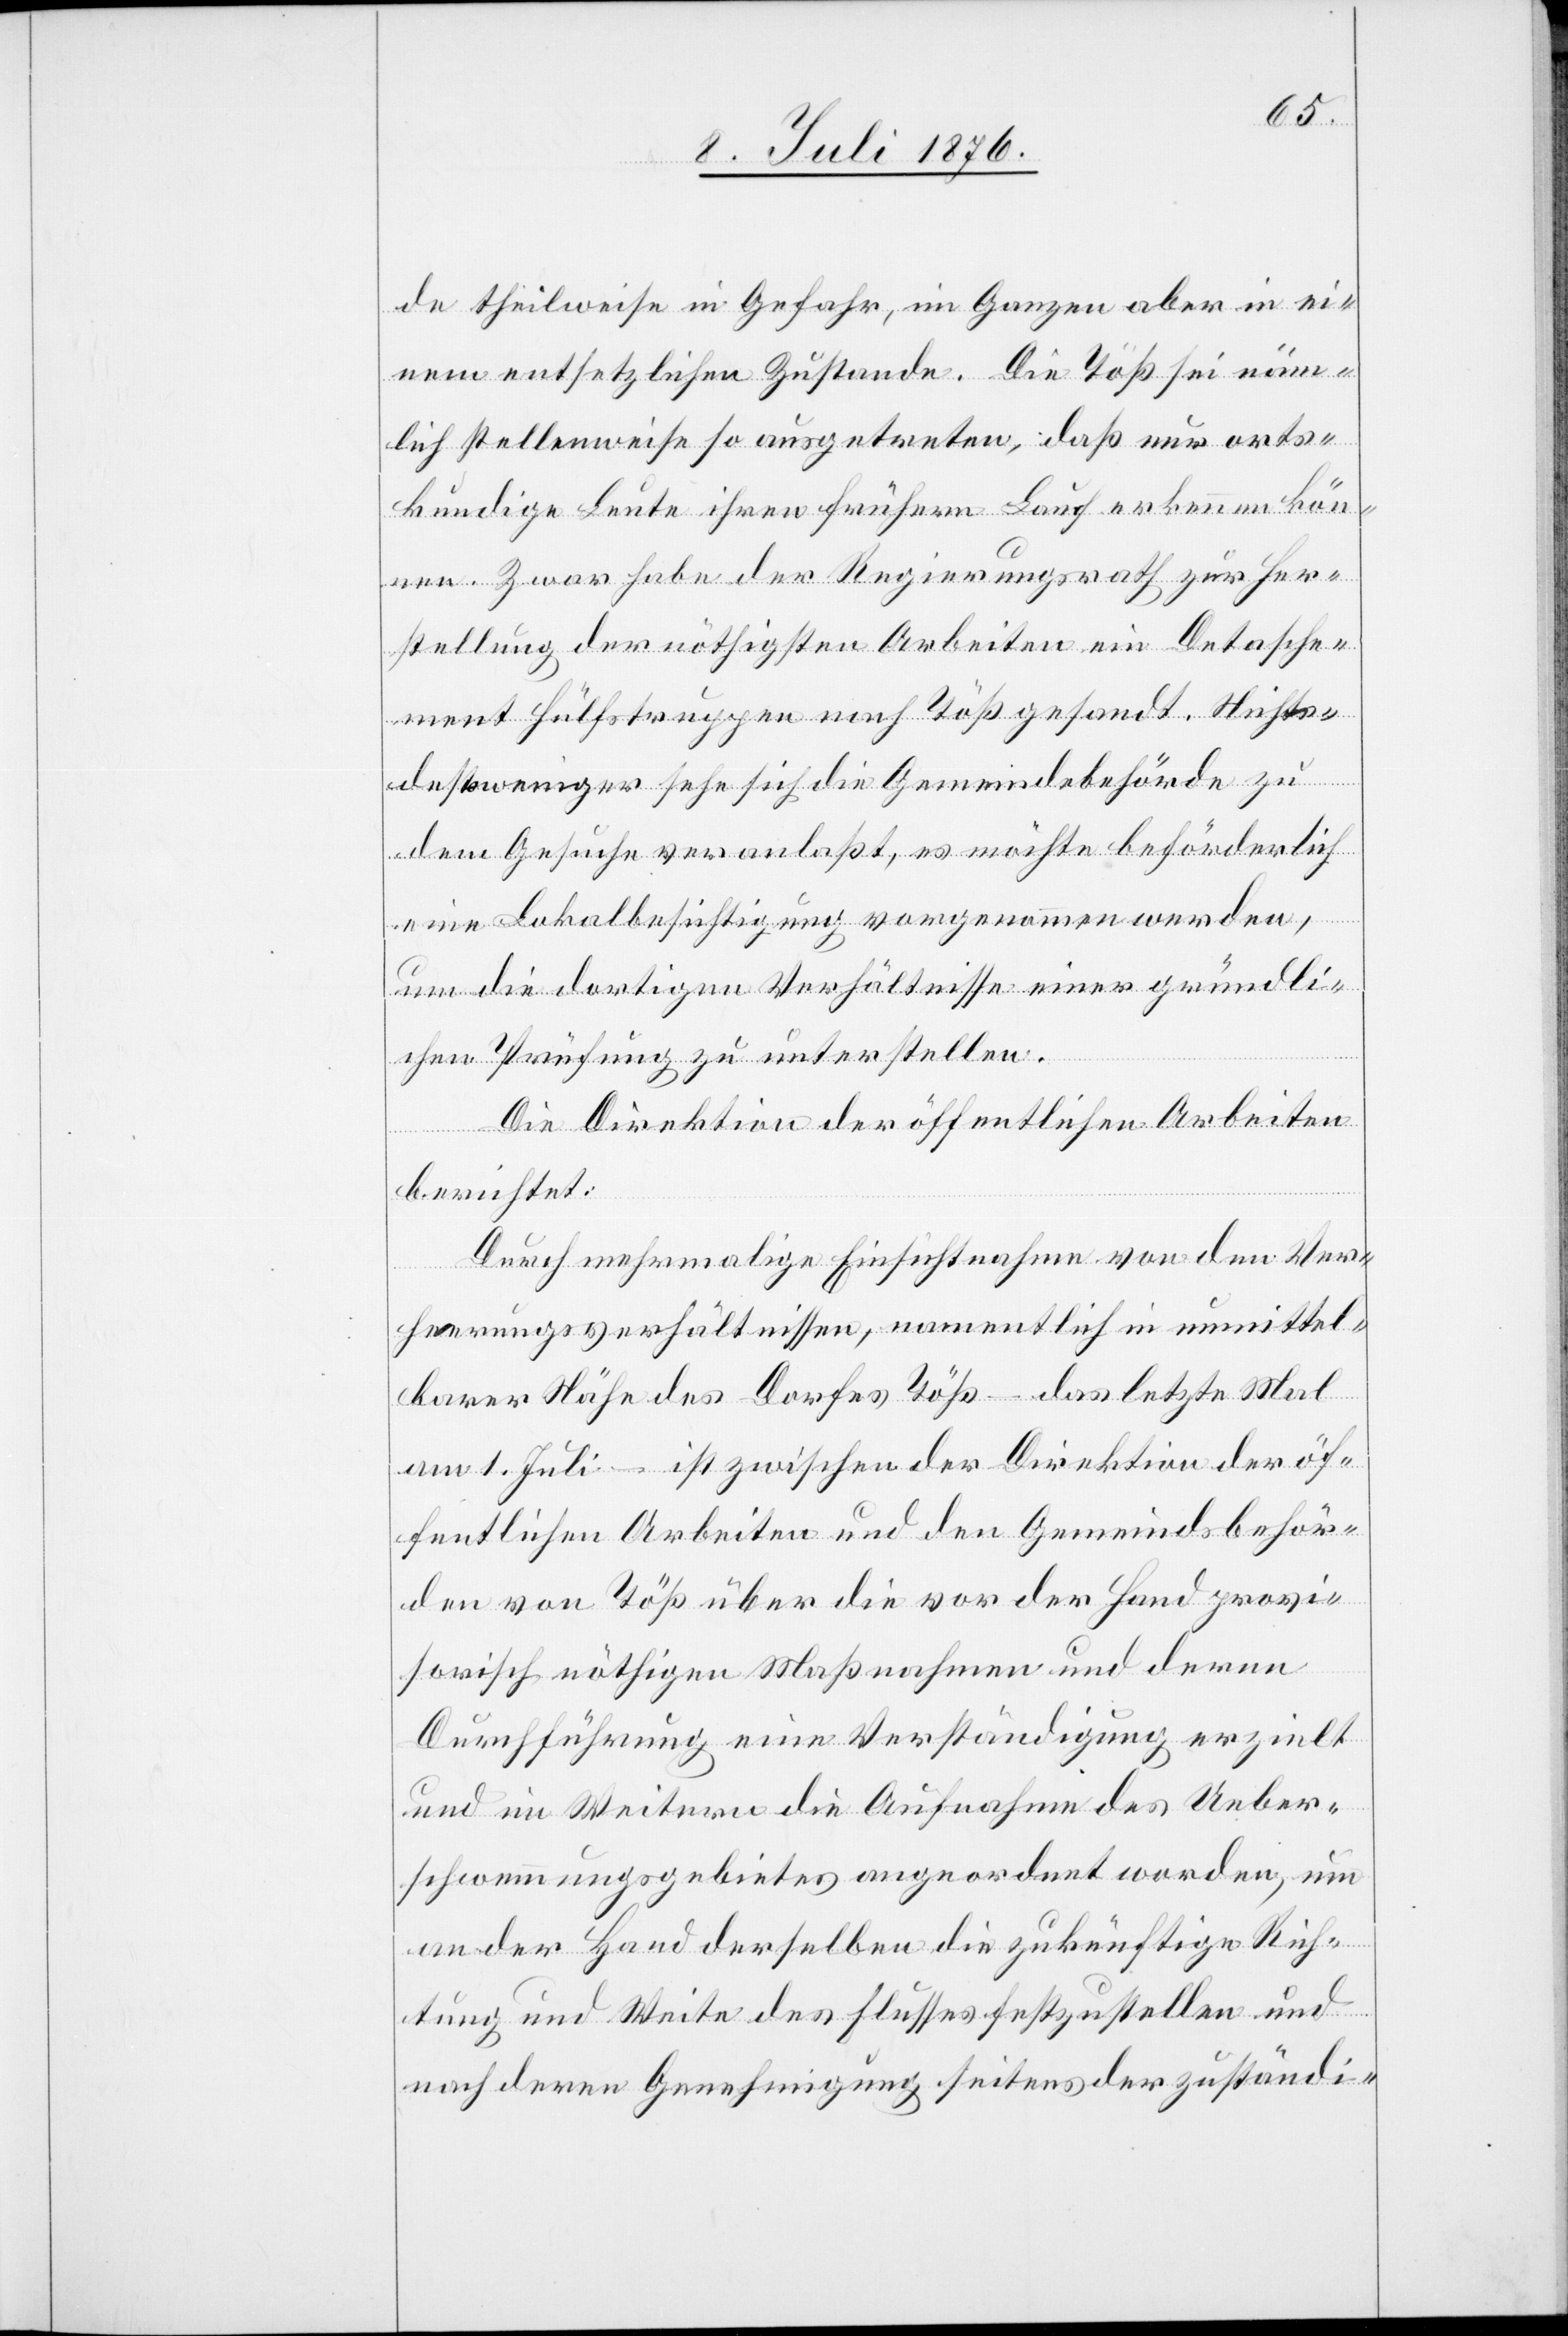
de theilweise in Gefahr, im Ganzen aber in ei¬
nem entsetzlichen Zustande. Die Töß sei näm¬
lich stellenweise so ausgetreten, daß nur orts¬
kundige Leute ihren frühern Lauf erkennen kön¬
nen. Zwar habe der Regierungsrath zur Her¬
stellung der nöthigsten Arbeiten ein Detasche¬
ment Hülfstruppen nach Töß gesandt. Nichts¬
destoweniger sehe sich die Gemeindsbehörde zu
dem Gesuche veranlaßt, es möchte beförderlich
eine Lokalbesichtigung vorgenommen werden,
um die dortigen Verhältnisse einer gründli¬
chen Prüfung zu unterstellen.
Die Direktion der öffentlichen Arbeiten
berichtet:
Durch mehrmalige Einsichtnahme von den Ver¬
heerungsverhältnissen, namentlich in unmittel¬
barer Nähe des Dorfes Töß – das letzte Mal
am 1. Juli – ist zwischen der Direktion der öf¬
fentlichen Arbeiten und den Gemeindsbehör¬
den von Töß über die vor der Hand provi¬
sorisch nöthigen Maßnahmen und deren
Durchführung eine Verständigung erzielt
und im Weitern die Aufnahme des Ueber¬
schwemmungsgebietes angeordnet worden, um
an der Hand derselben die zukünftige Rich¬
tung und Weite des Flusses festzustellen und
nach deren Genehmigung seitens der zuständi-